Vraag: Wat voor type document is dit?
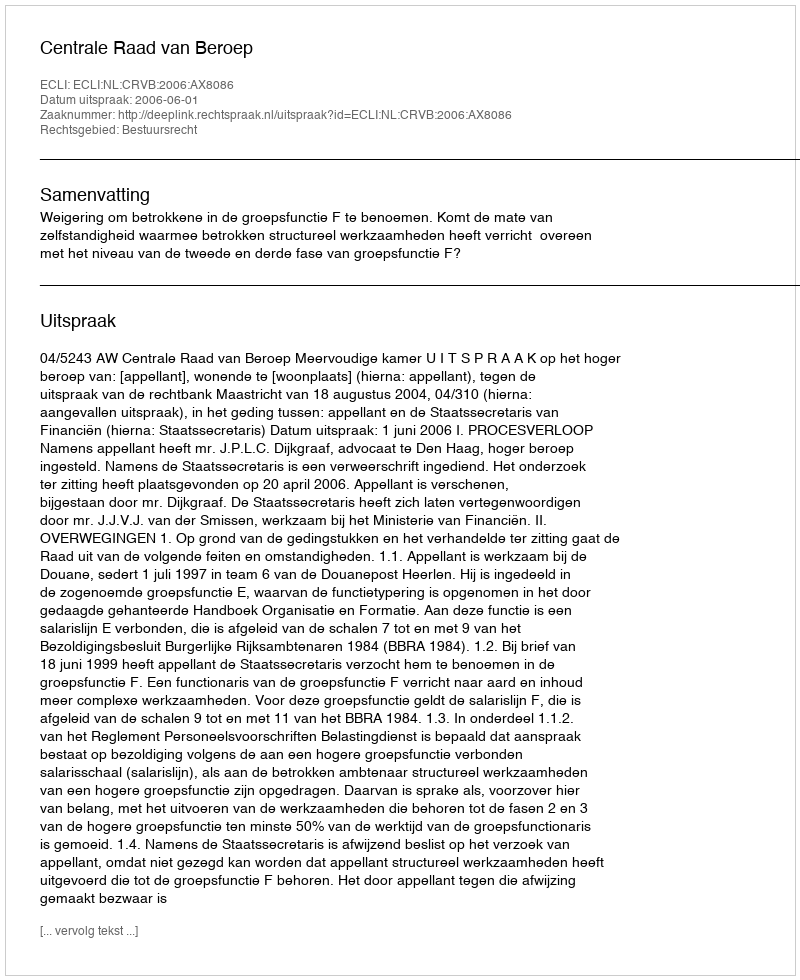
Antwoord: Uitspraak